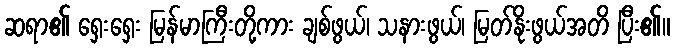
ဆရာ၏ ရှေးရှေး မြန်မာကြီးတို့ကား ချစ်ဖွယ်၊ သနားဖွယ်၊ မြတ်နိုးဖွယ်အတိ ပြီး၏။